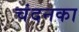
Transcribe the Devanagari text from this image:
चंदनका